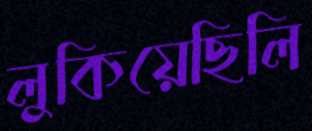
লুকিয়েছিলি